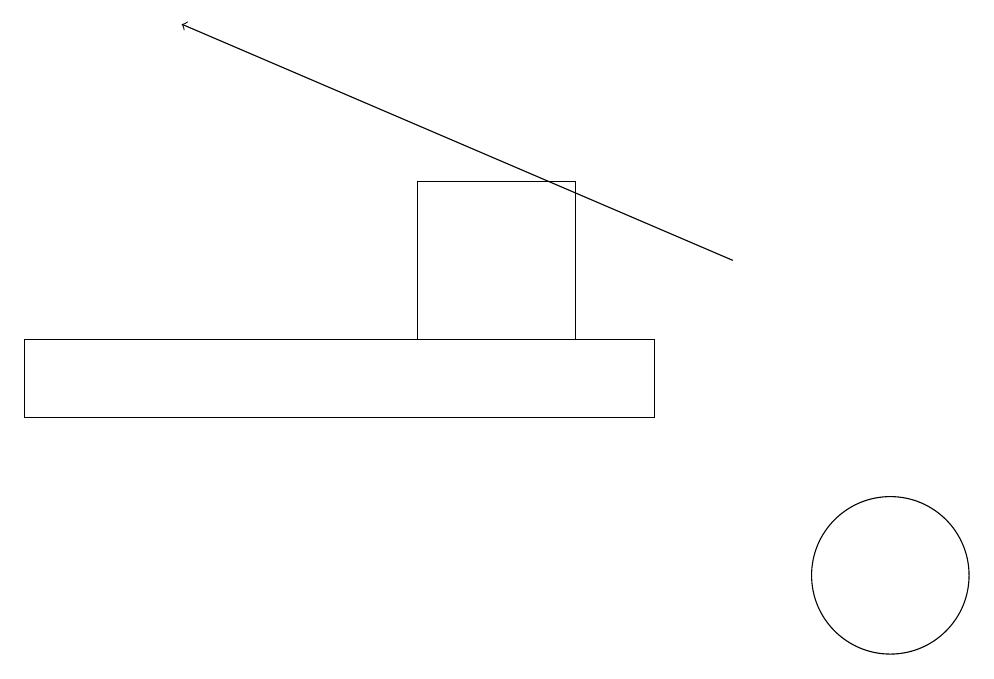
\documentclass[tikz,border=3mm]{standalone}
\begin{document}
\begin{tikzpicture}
\draw (0,13) rectangle (8,14);
\draw (5,16) rectangle (7,14);
\draw (11,11) circle (1);
\draw[->] (9,15) -- (2,18);
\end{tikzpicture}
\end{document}